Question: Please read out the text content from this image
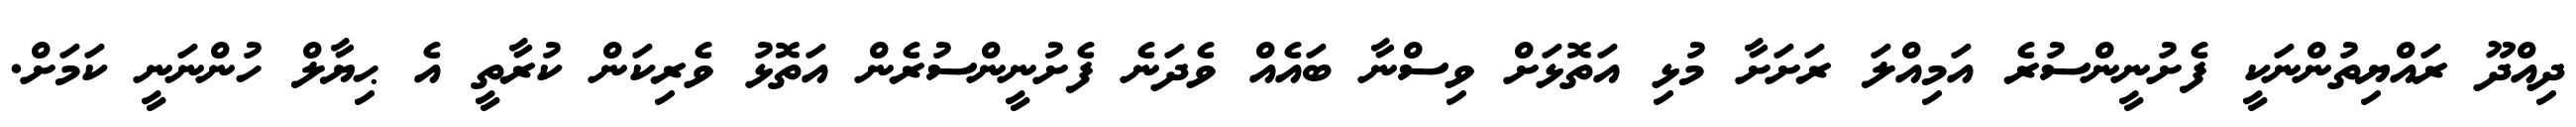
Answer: ދިއްދޫ ރައްޔިތުންނަކީ ފެށުނީންސުރެ އަމިއްލަ ރަށަށާ މުޅި އަތޮޅަށް ވިސްނާ ބައެއް ވެދަނެ ފެށުނީންސުރެން އަތޮޅު ވެރިކަން ކުރާތީ އެ ޙިޔާލް ހުންނަނީ ކަމަށް.